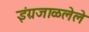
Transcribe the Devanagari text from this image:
इंग्रजाळलेले